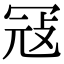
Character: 冦